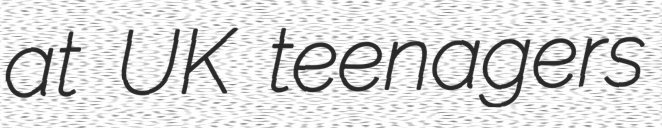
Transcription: at UK teenagers